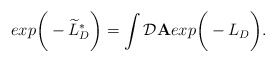
\begin{align*}exp\bigg( - \widetilde{L}^*_D \bigg) = \int {\cal D} {\bf A} exp \bigg( -L_D \bigg).\end{align*}